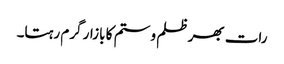
رات بھر ظلم و ستم کا بازار گرم رہتا۔